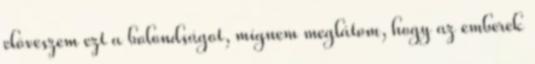
elõveszem ezt a bolondságot, mígnem meglátom, hogy az emberek